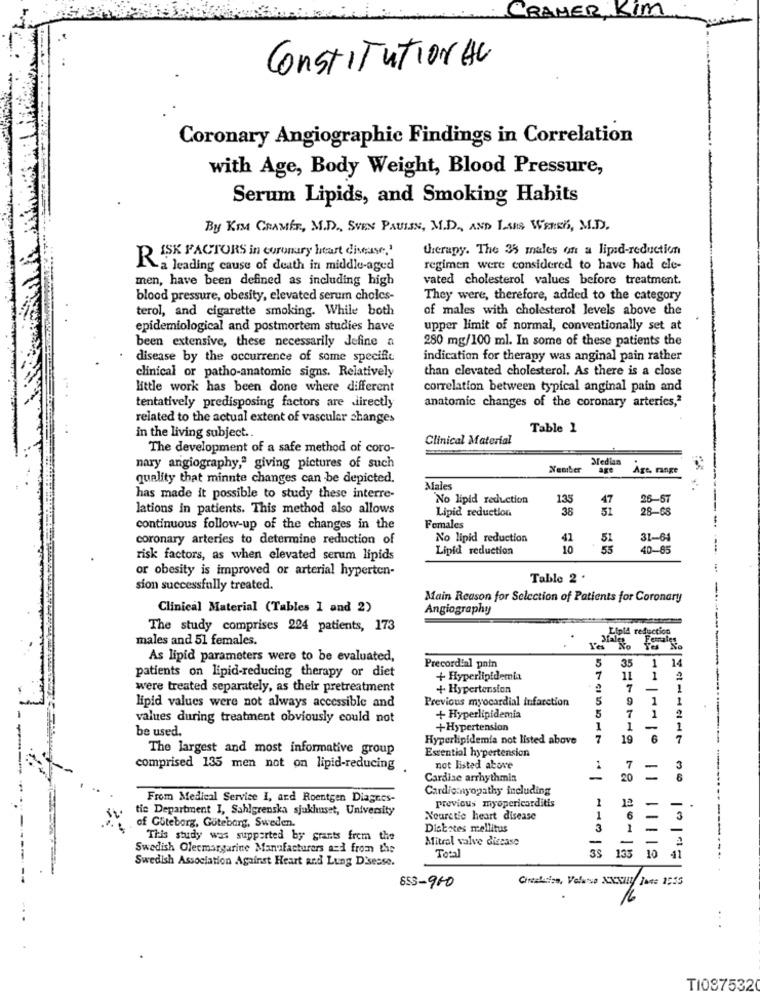
CRAMER, KIM
ConstITUTION AU
Coronary Angiographie Findings in Correlation
with Age, Body Weight, Blood Pressure,
Serum Lipids, and Smoking Habits
By KIM CRAMER, M.D ., SVEN PAULIN, M.D ., AND LARS WEREK, M.D.
therapy. The 35 males on a lipid-reduction
RISK FACTORS in coronary heart disease."
a leading cause of death in middle-aged
regimen were considered to have had ele-
men, have been defined as including high
vated cholesterol values before treatment.
blood pressure, obesity, elevated serum cholcs-
They were, therefore, added to the category
terol, and cigarette smoking. While both
of males with cholesterol levels above the
epidemiological and postmortem studies have
upper limit of normal, conventionally set at
been extensive, these necessarily define a
280 mg/100 ml. In some of these patients the
disease by the occurrence of some specific
indication for therapy was anginal pain rather
clinical or patho-anatomic signs. Relatively
than clevated cholesterol. As there is a close
little work has been done where different
correlation between typical anginal pain and
tentatively predisposing factors are directly
anatomic changes of the coronary arteries,"
related to the actual extent of vascular changes
Table 1
in the living subject.
Clinical Material
The development of a safe method of coro-
nary angiography," giving pictures of such
Nember
Median
Age, range
quality that minnte changes can be depicted.
Males
has made it possible to study these interre-
No lipid reduction
135
47
26-57
lations in patients. This method also allows
Lipid reduction
38
28-68
continuous follow-up of the changes in the
Females
coronary arteries to determine reduction of
No lipid reduction
41
51
31-64
Lipid reduction
10
40-85
risk factors, as when elevated serum lipids
or obesity is improved or arterial hyperten-
Table 2 .
sion successfully treated.
Main Reason for Selection of Patients for Coronary
-
Clinical Material (Tables 1 and 2)
Angiography
The study comprises 224 patients, 173
males and 51 females.
Lipid reduction
As lipid parameters were to be evaluated,
5
35
14
patients on lipid-reducing therapy or diet
Precordial pain
1
+ Hyperlipidemia
7
11
1
were treated separately, as their pretreatment
+ Hypertension
7
-
Previous myocardial infarction
5
9
1
1
lipid values were not always accessible and
5
7
1
2
values during treatment obviously could not
+ Hyperlipidemia
be used.
+Hypertension
1
1
1
Hyperlipidemia not listed above
7
19
6
7
---------
The largest and most informative group
Essential hypertension
comprised 135 men not on lipid-reducing
not listed above
7
3
Cardise arrhythmia
20
6
Cardiomyopathy including
From Medical Service I, and Roentgen Diagnos-
previous myopericarditis
1
12
tic Department I, Sahlgrenska sjukhuset, University
of Göteborg, Gutebarg, Sweden.
Nourctie heart disease
1
6
3
Diabetes mellitus
1
-
This study was supported by grants from the
Mitral valve disease
-
Swedish Olecmargarine Manufacturers and from the
Total
35
135
10
Swedish Association Against Heart and Lung Disease.
11119
41
Circulation, Velwise XXXIIy Jane 1555
853-960
16
T10875320